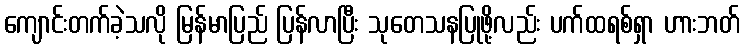
ကျောင်းတက်ခဲ့သလို မြန်မာပြည် ပြန်လာပြီး သုတေသနပြုဖို့လည်း ပက်ထရစ်ရှာ ဟားဘတ်